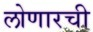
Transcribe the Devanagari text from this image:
लोणारची